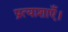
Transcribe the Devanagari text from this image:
प्रत्याशाएँ।